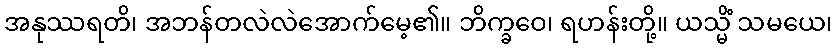
အနုဿရတိ၊ အဘန်တလဲလဲအောက်မေ့၏။ ဘိက္ခဝေ၊ ရဟန်းတို့။ ယသ္မိံ သမယေ၊